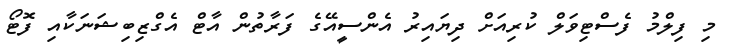
މި ފިލްމު ފެސްޓިވަލް ކުރިއަށް ދިޔައިރު އެންސީއޭގެ ފަރާތުން އާޓް އެގްޒިބިޝަނަކާއި ފޮޓޯ